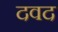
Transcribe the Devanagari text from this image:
दवद